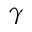
\gamma